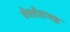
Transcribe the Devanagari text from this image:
ऐस्टेरायड